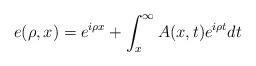
LaTeX: \begin{align*}e(\rho,x)=e^{i\rho x}+\int_{x}^{\infty}A(x,t)e^{i\rho t}dt \end{align*}